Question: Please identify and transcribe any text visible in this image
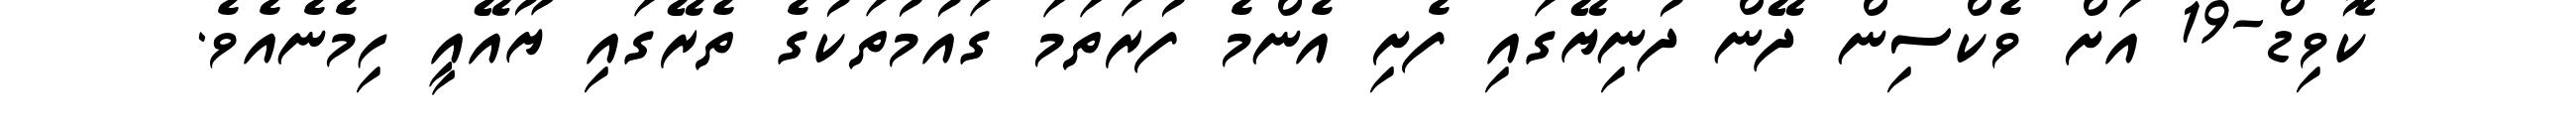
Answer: ކޮވިޑް-19 އަށް ވެކްސިން ދޭން ދުނިޔޭގައި ފެށި އެންމެ ފުރަތަމަ ގައުމުތަކުގެ ތެރޭގައި ޔޫއޭއީ ހިމެނެއެވެ.